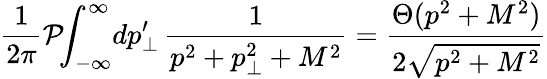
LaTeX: \frac{1}{2\pi}\mathcal{P}\! \! \int_{-\infty}^{\infty}\! dp_{\perp}^{\prime}\, \frac{1}{p^{2}+p_{\perp}^{2}+M^{2}}=\frac{\Theta(p^{2}+M^{2})}{2\sqrt{p^{2}+M^{2}}}